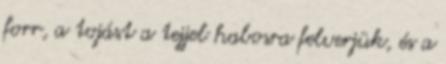
forr, a tojást a tejjel habosra felverjük, és a